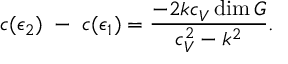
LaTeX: c ( \epsilon _ { 2 } ) \; - \; c ( \epsilon _ { 1 } ) = { \frac { - 2 k c _ { V } \dim G } { c _ { V } ^ { 2 } - k ^ { 2 } } } .